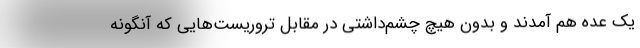
یک عده هم آمدند و بدون هیچ چشم‌داشتی در مقابل تروریست‌هایی که آنگونه